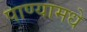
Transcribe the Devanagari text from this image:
पाण्यामधे